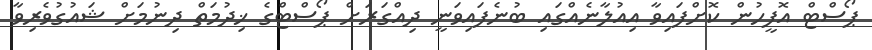
ޕޯސްޓް އޮފީހުން ކޮށްފައިވާ އިއުލާނެއްގައި ބުނެފައިވަނީ ދިއްގަރަށް ޕޯސްޓްގެ ޚިދުމަތް ދިނުމަށް ޝައުގުވެރިވާ